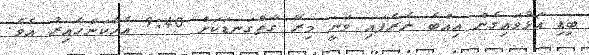
ބިޑި އަޅުވައިގެން އިއްބެ ނެރެފައި ވަނީ މިރޭ ގާތްގަނޑަކަށް 9:40 އެހާކަންހާއިރު އެވެ.